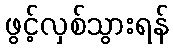
ဖွင့်လှစ်သွားရန်